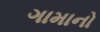
ગામાનો